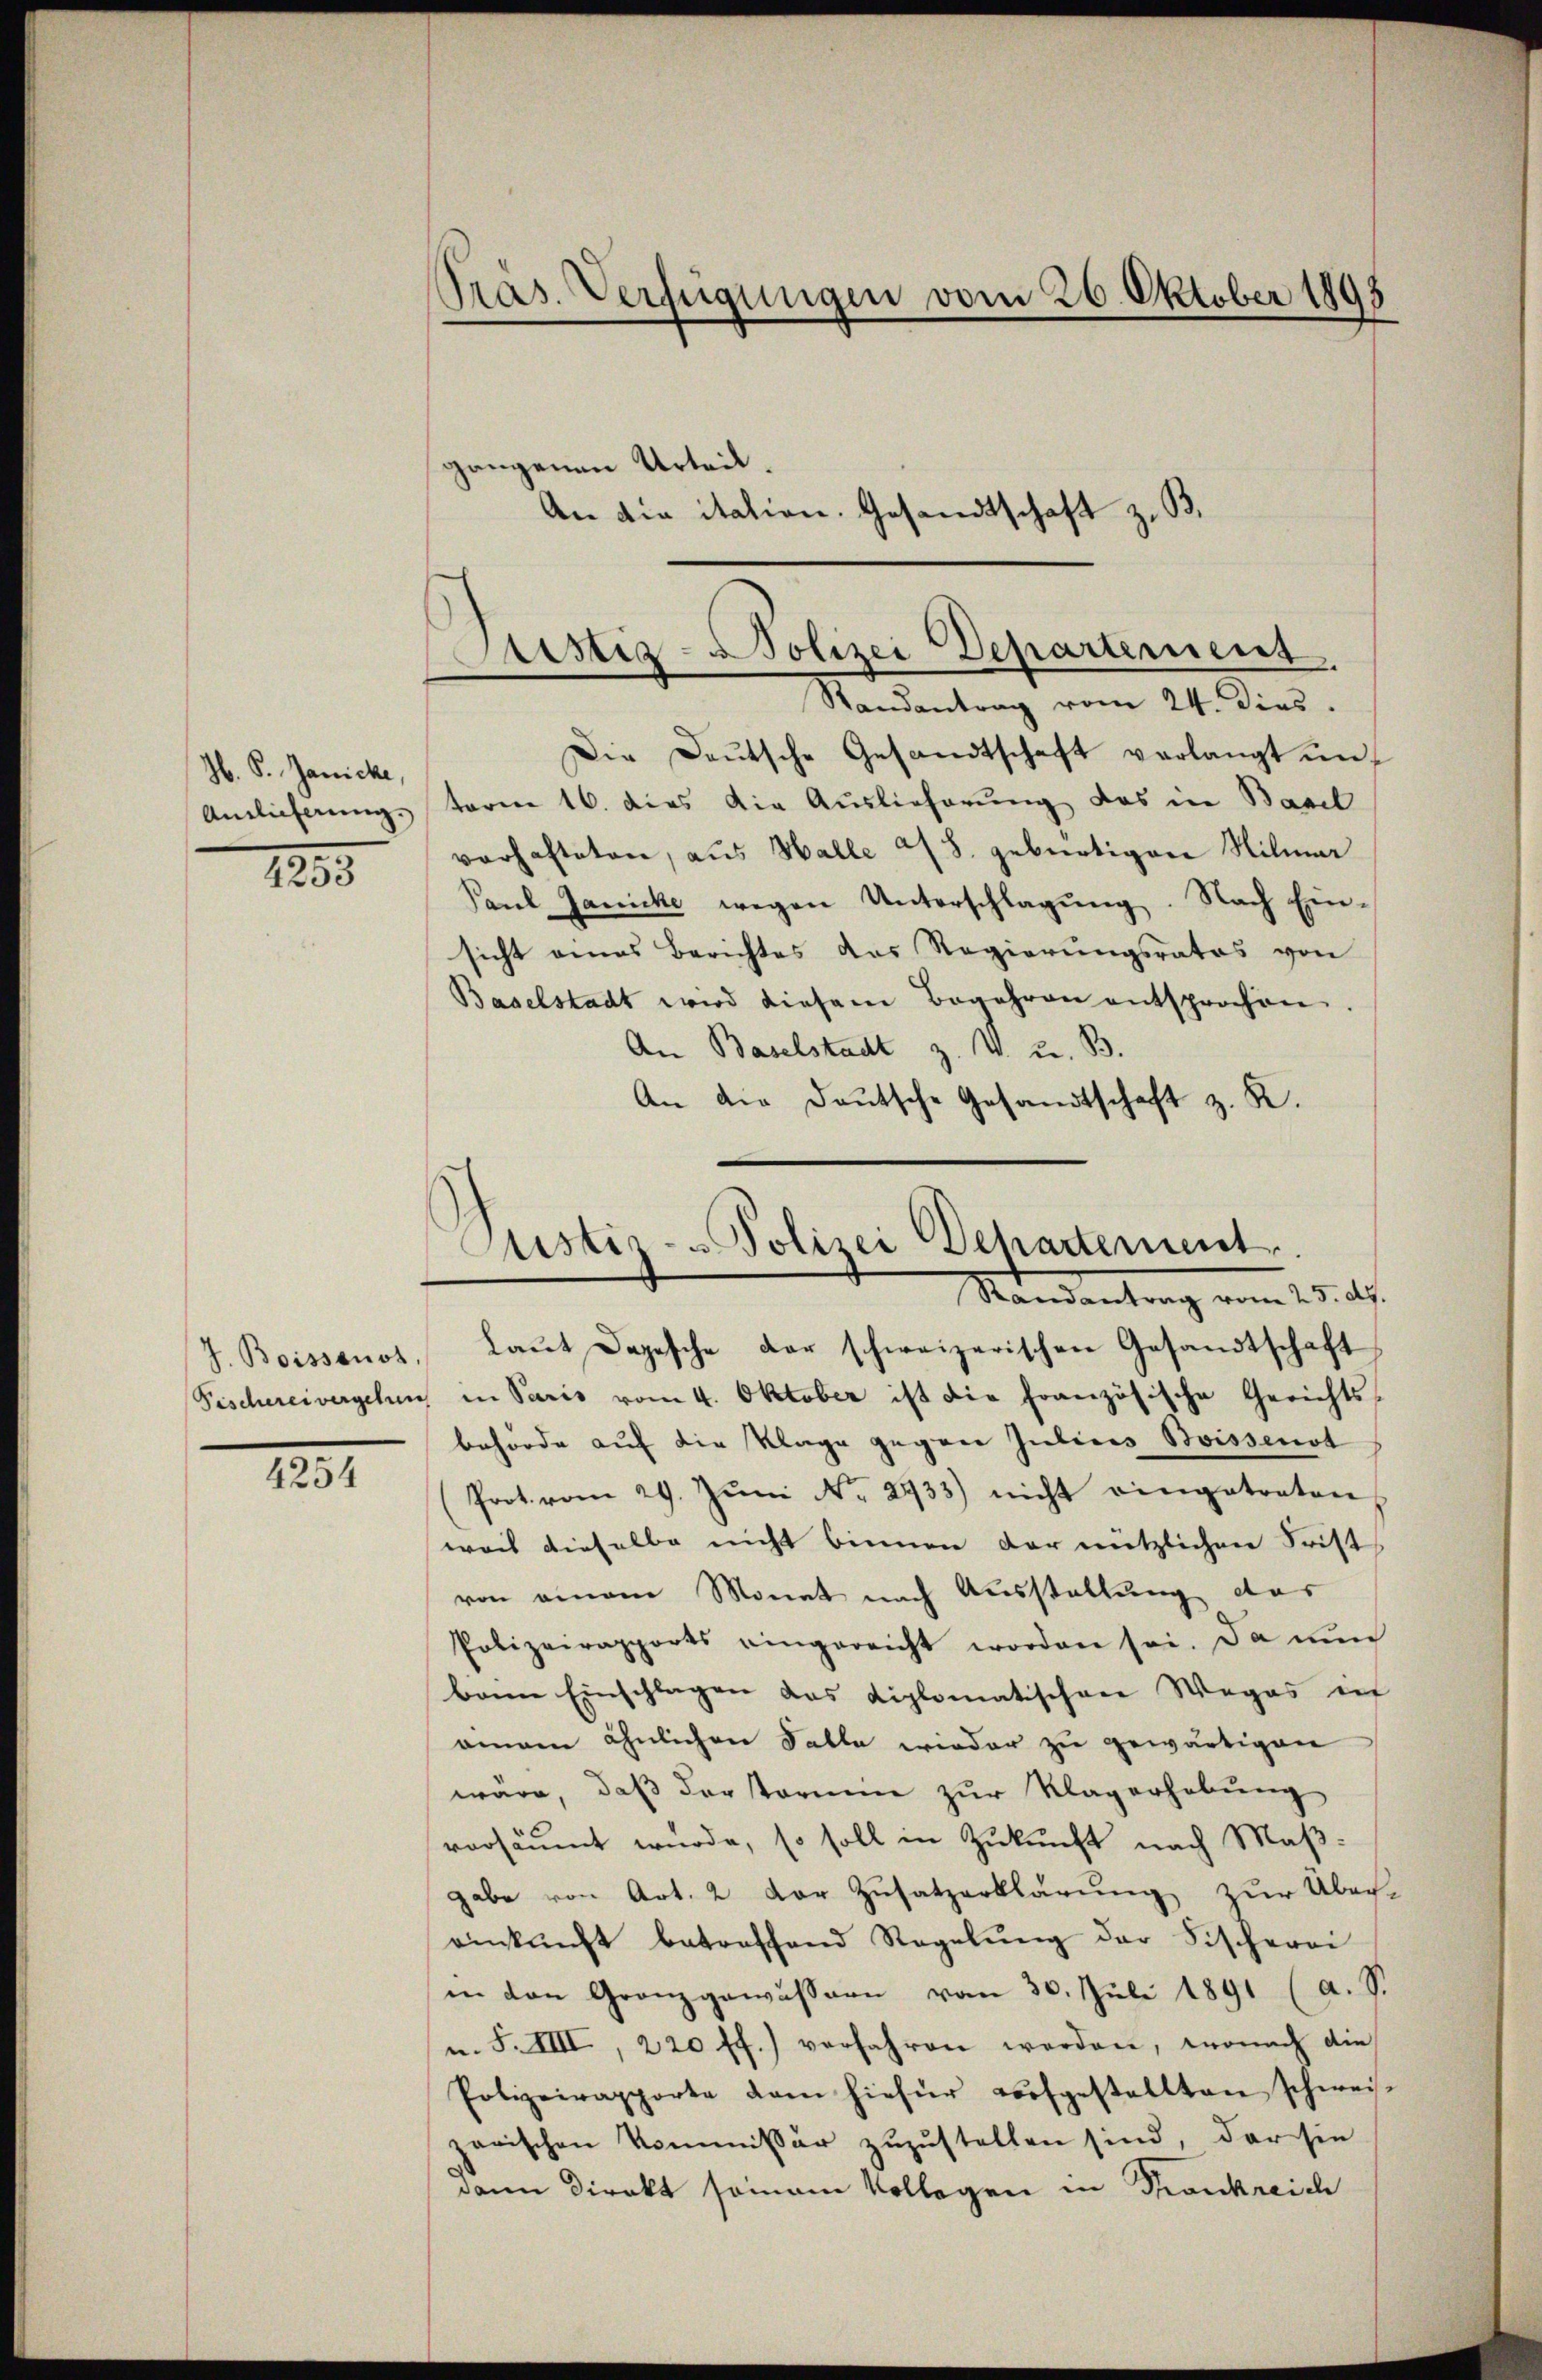
H. P. Janicke,

1205

1231

Präs. Verfügungen vom 26. Oktober 1898

An die itation. Gesandtschaft z. B.

Die Daŭtsche Gesandtschaft verlangt unt
Amtlicherung tarne 16. dies die Auslieferung das in Basel
verhafteten, aus Halle 278. gebürtigen Nilmar
Paul Janicke wegen Unterschlagung. Nach Einsicht eines Berichtes das Regierŭngsrates von
Baselstadt wird diesem Begehren entsprochen.
An Baselstadt z. V. u. B.
An die Deutsche Gesandtschaft z. K.

gangenen Urteil.

Sistiz-Polizei Departement.
Randantrag vom 24. dies.

Justiz- Polizei Departement.
Mandentrag vom 15. ds.
J. Boissanot. Laŭt Depesche der schweizerischen Gesandtschaft

Fischereivergehen in Paris vom 4. Oktober ist die französische Gerichts-
behörde auf die Klage gegen Julines Boissenst
Prot. vom 29. Jŭni Nr. 2933) nicht eingetreten
weil dieselbe nicht binnen der nützlichen Frist
von einem Monat nach Ausstellung das
Polizeirapports eingereicht worden sei. Da nŭn
ban Einschlagen das diplomatischen Weges in
einem ähnlichen Falle wieder zu gewärtigen
wäre, daß derstorium zur Klagerhebung
versäumt wurde, so soll in Zukunft nach Maßgabe von Art. 2 der Zusatzerklärung zur Über-
einkunft betreffend Regelŭng der Fischerei
in den Granzgewässern vom 30. Juli 1891 (a. S.
u. F. VIII., 220 ff.) verfahren werden, wonach die
Polizeirapporte dem hiefür vorfgestellten schweis-
zarischen Kommissär zuzustellen sind, der sie
dann direkt sommann Kollegen in Krankreich